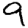
Digit: 9